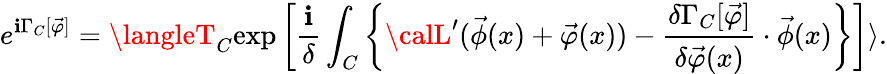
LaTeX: e^{\mathbf{i}\Gamma_{C}[\vec{{\varphi}}]}=\langleT_{C}\mathrm{{exp}}\left[\frac{{\mathbf{i}}}{{\delta}}\int_{C}\left\{ {\calL}^{\prime}(\vec{{\phi}}(x)+\vec{{\varphi}}(x))-\frac{{\delta\Gamma_{C}[\vec{{\varphi}}]}}{{\delta\vec{{\varphi}}(x)}}\cdot\vec{{\phi}}(x)\right\} \right]\rangle.